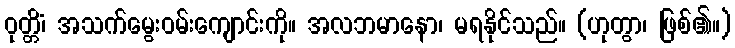
ဝုတ္တိံ၊ အသက်မွေးဝမ်းကျောင်းကို။ အလဘမာနော၊ မရနိုင်သည်။ (ဟုတွာ၊ ဖြစ်၏။)